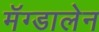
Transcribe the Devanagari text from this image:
मॅग्डालेन